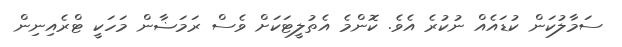
ސަމާލުކަން ކުޑައެއް ނުކުރެ އެވެ. ކޮންމެ އެތުލީޓަކަށް ވެސް ރަމަޟާން މަހަކީ ޓްރެއިނިން